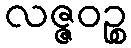
လဇ္ဇဝဉ္စ